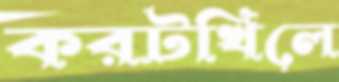
করটখিলে